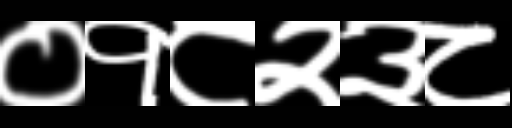
Text: ०१८२३८